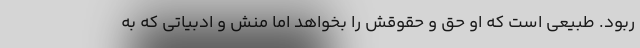
ربود. طبیعی است که او حق و حقوقش را بخواهد اما منش و ادبیاتی که به